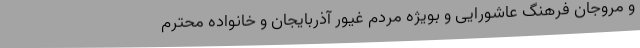
و مروجان فرهنگ عاشورایی و بویژه مردم غیور آذربایجان و خانواده محترم